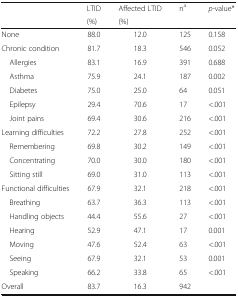
<table><thead><tr><td rowspan="2"></td><td><b>LTID</b></td><td><b>Affected LTID</b></td><td rowspan="2"><b>n<sup>a</sup></b></td><td rowspan="2"><b><i>p</i>-value*</b></td></tr><tr><td><b>(%)</b></td><td><b>(%)</b></td></tr></thead><tbody><tr><td>None</td><td>88.0</td><td>12.0</td><td>125</td><td>0.158</td></tr><tr><td>Chronic condition</td><td>81.7</td><td>18.3</td><td>546</td><td>0.052</td></tr><tr><td> Allergies</td><td>83.1</td><td>16.9</td><td>391</td><td>0.688</td></tr><tr><td> Asthma</td><td>75.9</td><td>24.1</td><td>187</td><td>0.002</td></tr><tr><td> Diabetes</td><td>75.0</td><td>25.0</td><td>64</td><td>0.051</td></tr><tr><td> Epilepsy</td><td>29.4</td><td>70.6</td><td>17</td><td>&lt;.001</td></tr><tr><td> Joint pains</td><td>69.4</td><td>30.6</td><td>216</td><td>&lt;.001</td></tr><tr><td>Learning difficulties</td><td>72.2</td><td>27.8</td><td>252</td><td>&lt;.001</td></tr><tr><td> Remembering</td><td>69.8</td><td>30.2</td><td>149</td><td>&lt;.001</td></tr><tr><td> Concentrating</td><td>70.0</td><td>30.0</td><td>180</td><td>&lt;.001</td></tr><tr><td> Sitting still</td><td>69.0</td><td>31.0</td><td>113</td><td>&lt;.001</td></tr><tr><td>Functional difficulties</td><td>67.9</td><td>32.1</td><td>218</td><td>&lt;.001</td></tr><tr><td> Breathing</td><td>63.7</td><td>36.3</td><td>113</td><td>&lt;.001</td></tr><tr><td> Handling objects</td><td>44.4</td><td>55.6</td><td>27</td><td>&lt;.001</td></tr><tr><td> Hearing</td><td>52.9</td><td>47.1</td><td>17</td><td>0.001</td></tr><tr><td> Moving</td><td>47.6</td><td>52.4</td><td>63</td><td>&lt;.001</td></tr><tr><td> Seeing</td><td>67.9</td><td>32.1</td><td>53</td><td>0.001</td></tr><tr><td> Speaking</td><td>66.2</td><td>33.8</td><td>65</td><td>&lt;.001</td></tr><tr><td>Overall</td><td>83.7</td><td>16.3</td><td>942</td><td></td></tr></tbody></table>